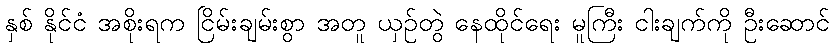
နှစ် နိုင်ငံ အစိုးရက ငြိမ်းချမ်းစွာ အတူ ယှဉ်တွဲ နေထိုင်ရေး မူကြီး ငါးချက်ကို ဦးဆောင်